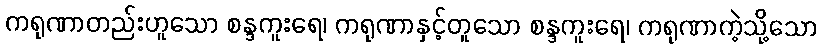
ကရုဏာတည်းဟူသော စန္ဒကူးရေ၊ ကရုဏာနှင့်တူသော စန္ဒကူးရေ၊ ကရုဏာကဲ့သို့သော